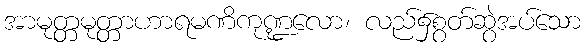
အာမုတ္တမုတ္တာဟာရမဏိကုဏ္ဍလော၊ လည်၌စွတ်ဆွဲအပ်သော